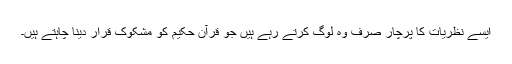
ایسے نظریات کا پرچار صرف وہ لوگ کرتے رہے ہیں جو قرآن حکیم کو مشکوک قرار دینا چاہتے ہیں۔